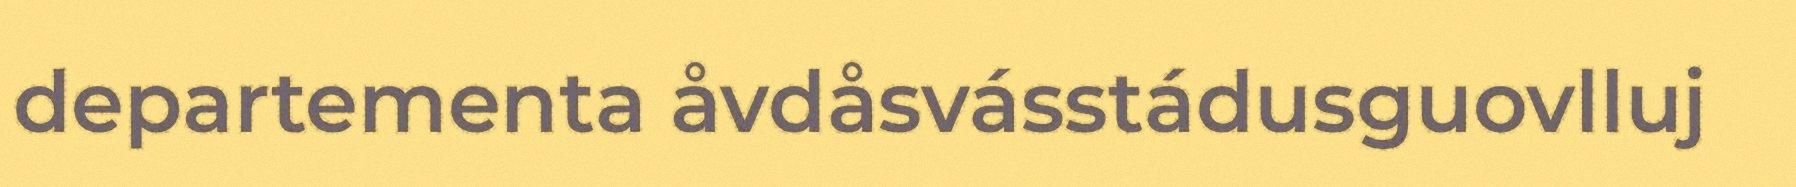
departementa åvdåsvásstádusguovlluj